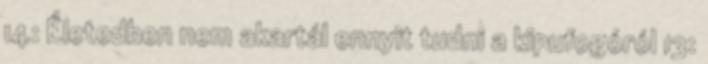
14: Életedben nem akartál ennyit tudni a kipufogóról 13: